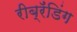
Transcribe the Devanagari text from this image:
रीब्रॅंडिंग